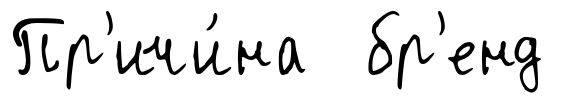
Пр'ичи́на бр'енд